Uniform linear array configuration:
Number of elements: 48
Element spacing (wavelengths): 0.25
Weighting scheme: blackman
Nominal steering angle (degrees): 15
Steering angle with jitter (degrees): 13.269
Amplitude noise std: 0.05
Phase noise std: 0.05

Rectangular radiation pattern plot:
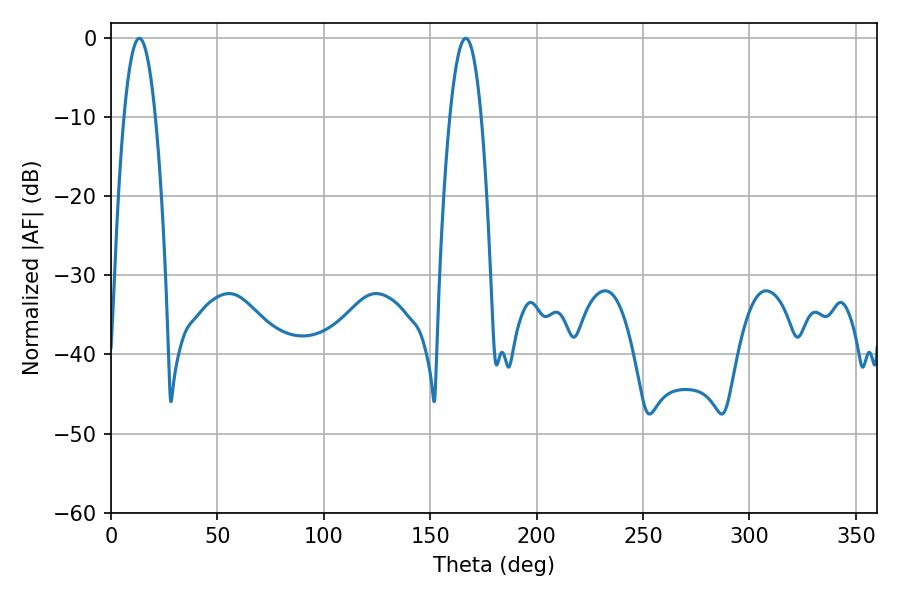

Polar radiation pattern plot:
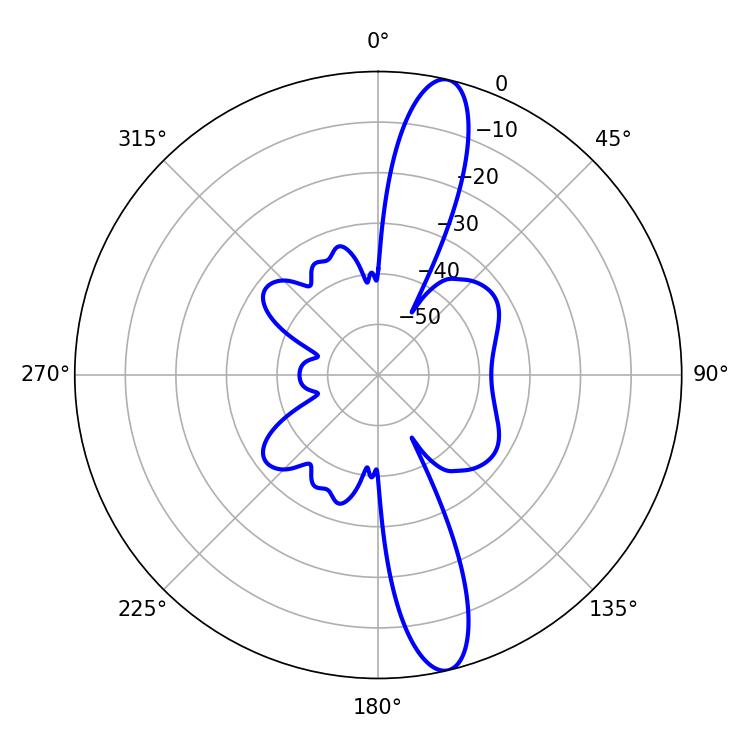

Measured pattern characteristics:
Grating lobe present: FALSE
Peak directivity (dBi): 14.523
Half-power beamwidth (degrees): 8.1
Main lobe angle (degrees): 13.32